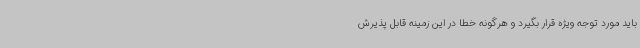
باید مورد توجه ویژه قرار بگیرد و هرگونه خطا در این زمینه قابل پذیرش